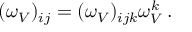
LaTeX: ( \omega _ { V } ) _ { i j } = ( \omega _ { V } ) _ { i j k } \omega _ { V } ^ { k } \, .